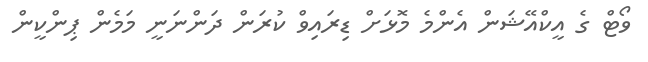
ވޯޓް ގެ އީކްއޭޝަން އެންމެ މޮޅަށް ޑިރައިވް ކުރަން ދަންނަނީ މަމެން ޕިންކީން